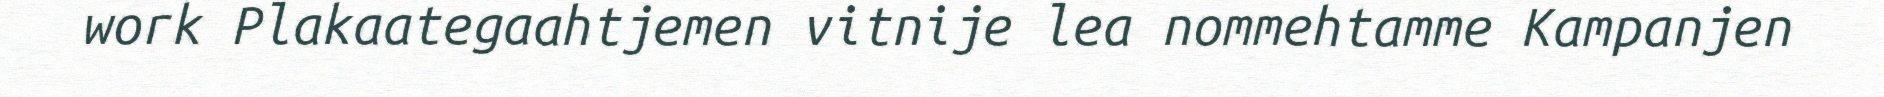
work Plakaategaahtjemen vitnije lea nommehtamme Kampanjen